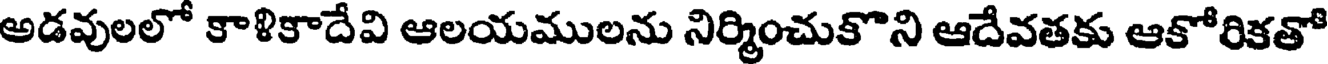
అడవులలో కాళికాదేవి ఆలయములను నిర్మించుకొని ఆదేవతకు ఆకోరికతో